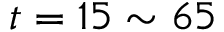
t = 1 5 \sim 6 5